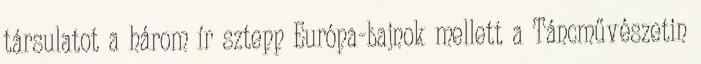
társulatot a három ír sztepp Európa-bajnok mellett a Táncművészetin